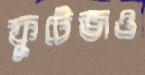
ফুটেজও